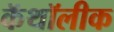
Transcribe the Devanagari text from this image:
कॅथॉलीक